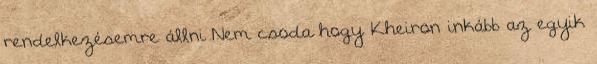
rendelkezésemre állni Nem csoda hogy Kheiron inkább az egyik